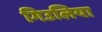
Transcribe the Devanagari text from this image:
गिउलिया